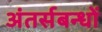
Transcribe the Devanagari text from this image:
अंतर्सबन्धों